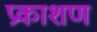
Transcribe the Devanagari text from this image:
प्रकाशण